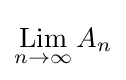
\mathop {\mathrm {Lim} } _{n\to \infty }A_{n}